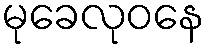
မုခေလုဝနေ